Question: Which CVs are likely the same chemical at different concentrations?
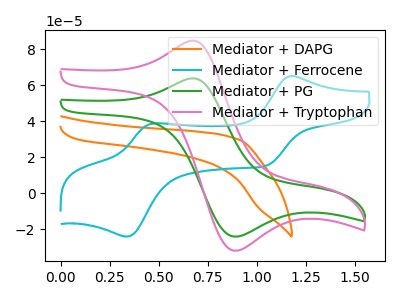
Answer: <think>The orange curve "Mediator + DAPG" has no peaks. The cyan curve "Mediator + Ferrocene" has anodic peaks at (1.15V, 65.15uA) (0.45V, 38.90uA) and cathodic peaks at (1.05V, 15.45uA) (0.35V, -23.95uA). The green curve "Mediator + PG" has an anodic peak at (0.65V, 63.75uA) and a cathodic peak at (0.90V, -23.95uA). The pink curve "Mediator + Tryptophan" has an anodic peak at (0.65V, 84.65uA) and a cathodic peak at (0.90V, -31.80uA).
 "Mediator + DAPG" and "Mediator + Ferrocene" have a different number of peaks. "Mediator + DAPG" and "Mediator + PG" have a different number of peaks. "Mediator + DAPG" and "Mediator + Tryptophan" have a different number of peaks. "Mediator + Ferrocene" and "Mediator + PG" have a different number of peaks. "Mediator + Ferrocene" and "Mediator + Tryptophan" have a different number of peaks. All the peaks in "Mediator + PG" have a peak in "Mediator + Tryptophan" at the same potential. Every peak in "Mediator + PG" is lower than every peak in "Mediator + Tryptophan".</think>
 <answer>"Mediator + PG" and "Mediator + Tryptophan" have the same shape and are likely CV's of the same chemical.</answer>
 <eval>"Mediator + PG" "Mediator + Tryptophan"</eval>